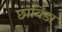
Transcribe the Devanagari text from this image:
छाविंडा